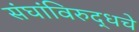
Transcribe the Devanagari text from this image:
संघांविरुद्धचे